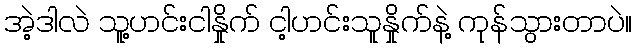
အဲ့ဒါလဲ သူ့ဟင်းငါနှိုက် ငါ့ဟင်းသူနှိုက်နဲ့ ကုန်သွားတာပဲ။